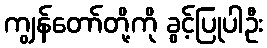
ကျွန်တော်တို့ကို ခွင့်ပြုပါဦး